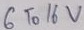
Text: 6 To 16V